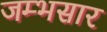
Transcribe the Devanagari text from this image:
जम्भसार